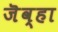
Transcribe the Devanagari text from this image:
जॆव्हा